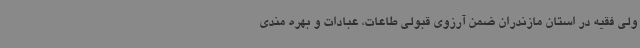
ولی فقیه در استان مازندران ضمن آرزوی قبولی طاعات، عبادات و بهره مندی